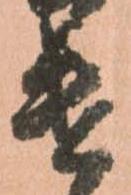
遣